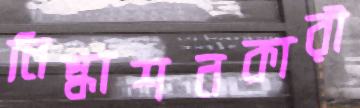
নিষ্কাশনকারী